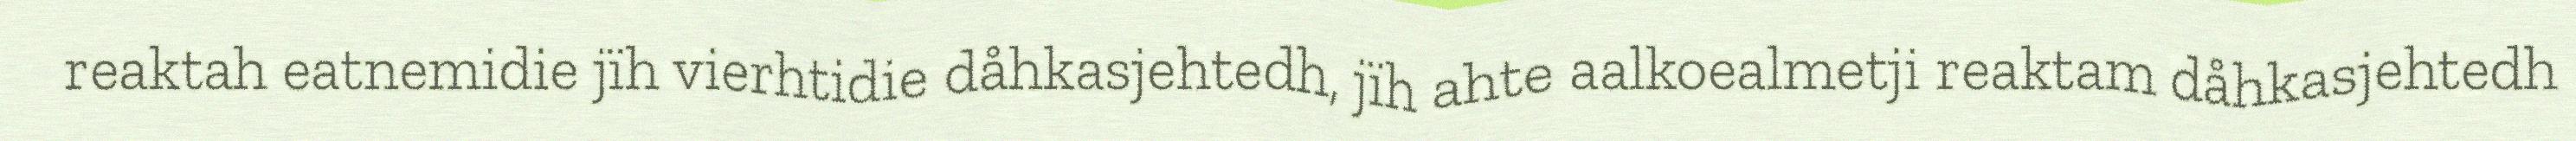
reaktah eatnemidie jïh vierhtidie dåhkasjehtedh, jïh ahte aalkoealmetji reaktam dåhkasjehtedh